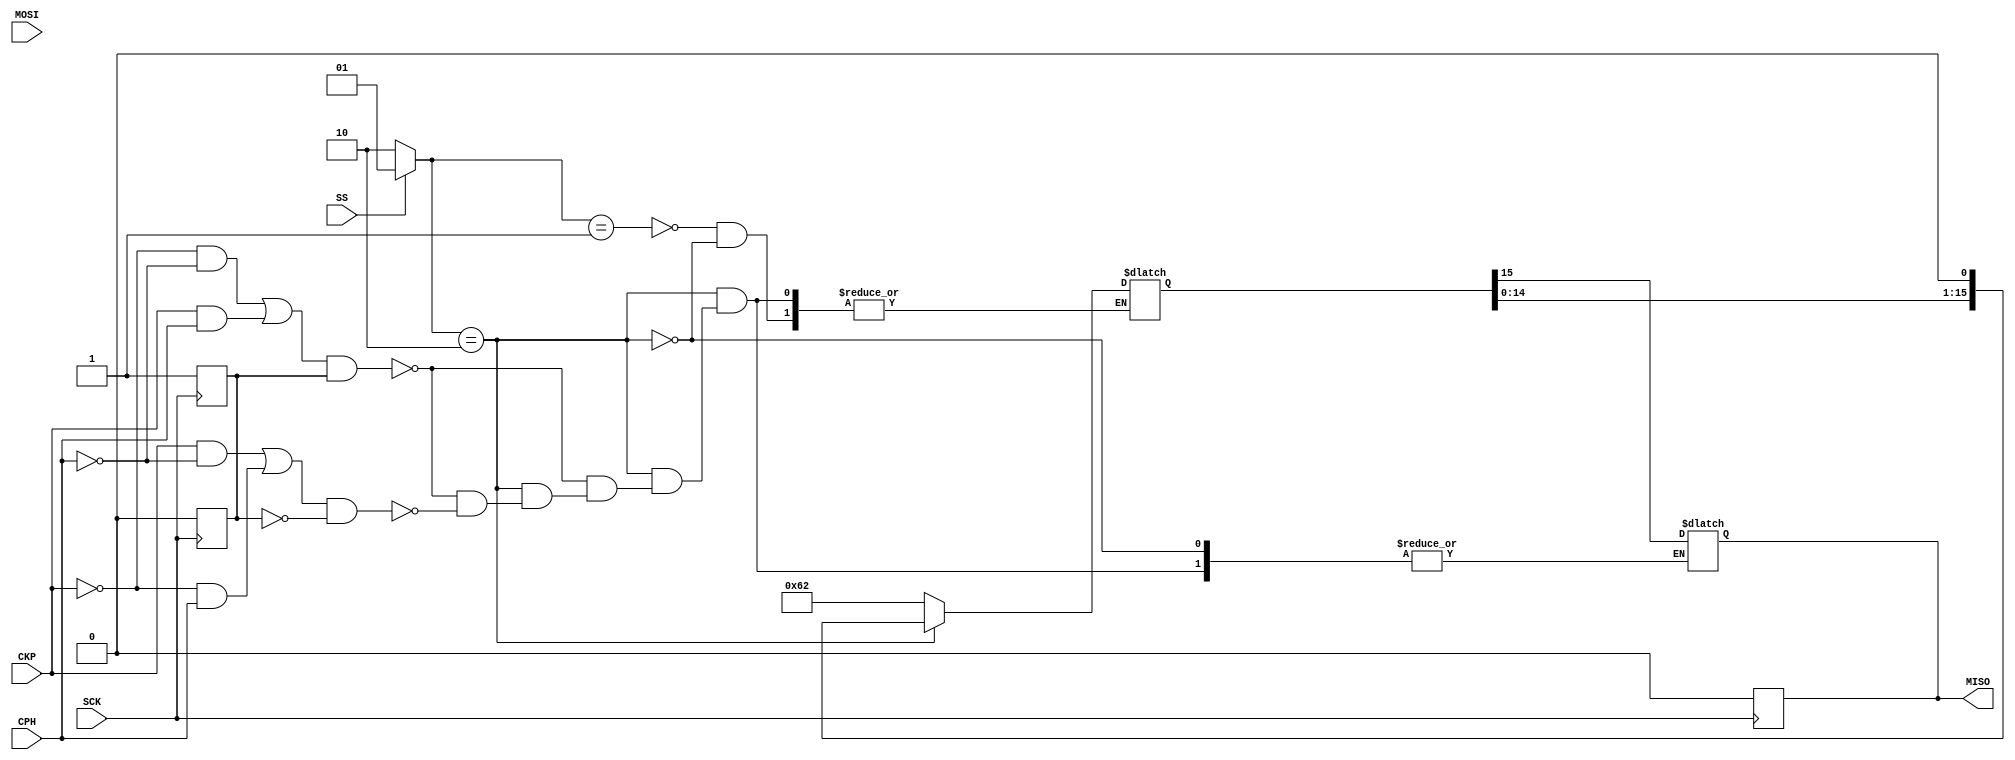
/* Universidad de Costa Rica
   Escuela de Ingeniera Elctrica | Circuitos Digitales II - IE0523
   Profesor: Enrique Coen | Asistente: Ana Eugenia Snchez
   Estudiante: Andrs Chaves Vargas | Carn: B92198 
*/

module Receptor(
            input SCK, SS,
            input CKP, CPH, MOSI, 
            output reg MISO);
//Estados a utlizar en el receptor:
parameter IDLE = 2'b01;
parameter TRANSFER = 2'b10;

//ltimos dos dgitos de carn:
parameter CARNET2 = 16'b0000000001100010;

reg [15:0] rdata_rcv, rdata_send;
reg [1:0] state_rec, next_state;
reg posedge_SCK;
reg counter;

always @(posedge SCK) posedge_SCK =1;

always @(negedge SCK) begin 
   MISO = 0;
   posedge_SCK = 0;
   end
always @(*) begin 

   if (SS) state_rec = IDLE;

   if (~SS) state_rec = TRANSFER;
   
   case (state_rec)
      IDLE: begin 
         rdata_send = CARNET2;
         rdata_rcv = 0;
         if (~SS) state_rec = TRANSFER;
      end 
      TRANSFER: begin
         if (((~CKP & ~CPH)|(CKP & CPH)) & posedge_SCK) begin
 
         MISO = rdata_send[15];
         rdata_send = rdata_send << 1;
         rdata_rcv = rdata_rcv << 1; 
         rdata_rcv[0] = MOSI;
         if (SS) state_rec = IDLE;
         end

         else if (((CKP & ~CPH)|(~CKP & CPH)) & ~posedge_SCK) begin
         
         MISO = rdata_send[15];
         rdata_send = rdata_send << 1;
         rdata_rcv = rdata_rcv << 1; 
         rdata_rcv[0] = MOSI;
         if (SS) state_rec = IDLE; 
         end
      end
   endcase
end
endmodule